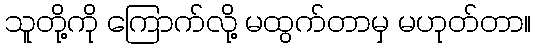
သူတို့ကို ကြောက်လို့ မထွက်တာမှ မဟုတ်တာ။